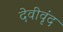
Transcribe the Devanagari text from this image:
देवीवृंद